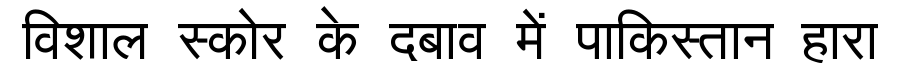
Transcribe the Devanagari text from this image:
विशाल स्कोर के दबाव में पाकिस्तान हारा